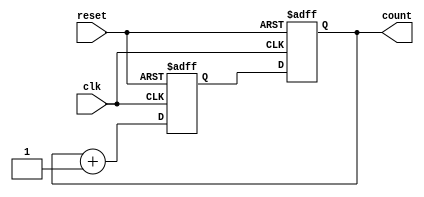
module counter_circuit (
    input wire clk,
    input wire reset,
    output reg [7:0] count
);

reg [7:0] count_next;

always @ (posedge clk or posedge reset)
begin
    if (reset)
        count_next <= 8'b0;
    else
        count_next <= count + 1;
end

always @ (posedge clk or posedge reset)
begin
    if (reset)
        count <= 8'b0;
    else
        count <= count_next;
end

endmodule